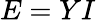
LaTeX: E=YI